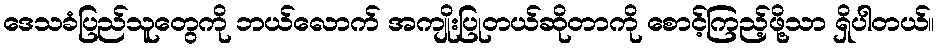
ဒေသခံပြည်သူတွေကို ဘယ်လောက် အကျိုးပြုတယ်ဆိုတာကို စောင့်ကြည့်ဖို့သာ ရှိပါတယ်။